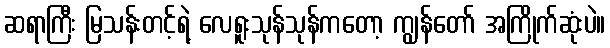
ဆရာကြီး မြသန်းတင့်ရဲ့ လေရူးသုန်သုန်ကတော့ ကျွန်တော် အကြိုက်ဆုံးပဲ။